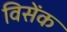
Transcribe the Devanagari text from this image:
विसेंक